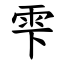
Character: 雫